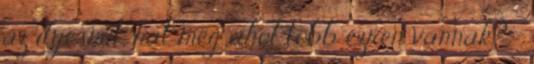
az ilyesmit, hát még ahol több ezren vannak? :